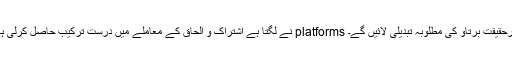
PoolCircle نے لگتا ہے اشتراک و الحاق کے معاملے میں درست ترکیب حاصل کرلی ہے، لیکن کئی platforms ابھی اُبھرنے والے ہیں اور درحقیقت برتاو کی مطلوبہ تبدیلی لائیں گے۔